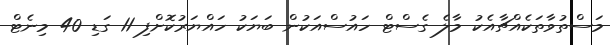
މަސްތުވާތަކެއްޗާއެކު މާލެ ގެސްޓް ހައުސްއަކުން ބަޔަކު ހައްޔަރުކޮށްފި 11 ގަޑި 40 މިނެޓް